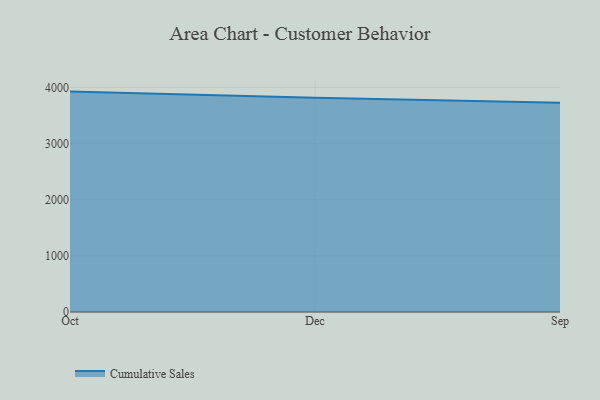
{"axis": {"x": "Month", "y": "Tickets Resolved"}, "legend": ["Cumulative Sales"], "data": [{"x": "Oct", "y": 3926.9, "type": "Cumulative Sales"}, {"x": "Dec", "y": 3815.2, "type": "Cumulative Sales"}, {"x": "Sep", "y": 3727.6, "type": "Cumulative Sales"}]}